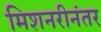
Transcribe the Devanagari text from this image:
मिशनरीनंतर